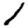
Digit: 1